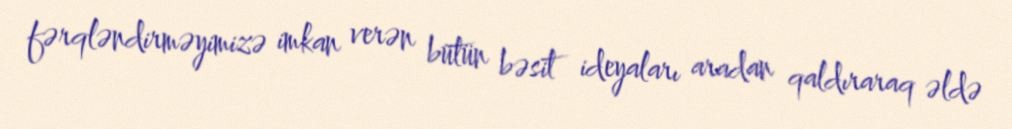
fərqləndirməyimizə imkan verən bütün bəsit ideyaları aradan qaldıraraq əldə